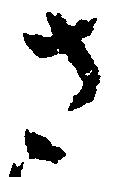
左